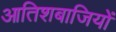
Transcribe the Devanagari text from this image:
आतिशबाजियों